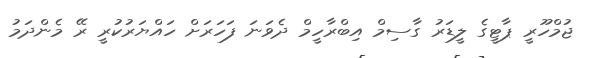
ޖުމްހޫރީ ޕާޓީގެ ލީޑަރު ގާސިމް އިބްރާހީމް ދެވަނަ ފަހަރަށް ހައްޔަރުކުރީ ރޭ މެންދަމު